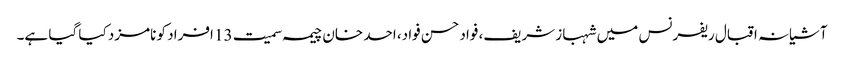
آشیانہ اقبال ریفرنس میں شہباز شریف، فواد حسن فواد، احد خان چیمہ سمیت 13 افراد کو نامزد کیا گیا ہے۔